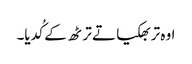
اوہ تربھکیا تے ترٹھ کے کُدیا۔